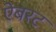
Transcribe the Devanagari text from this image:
ऐबरट